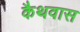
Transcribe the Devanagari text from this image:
कैथवास